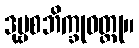
ဒုဗ္ဗစဘိက္ခုဝတ္ထု။